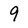
Character: 9